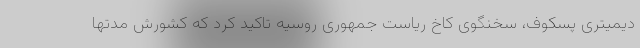
دیمیتری پسکوف، سخنگوی کاخ ریاست جمهوری روسیه تاکید کرد که کشورش مدتها